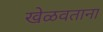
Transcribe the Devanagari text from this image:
खेळवताना